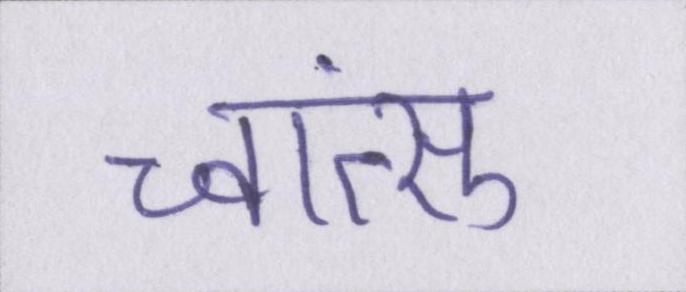
च्वांत्सु